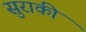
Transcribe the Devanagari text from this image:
सुराकी